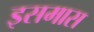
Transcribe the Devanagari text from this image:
इसमास